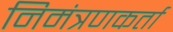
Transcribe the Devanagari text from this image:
निमंत्रणकर्ता